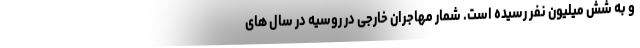
و به شش میلیون نفر رسیده است. شمار مهاجران خارجی در روسیه در سال های